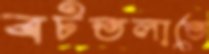
বটতলাতে